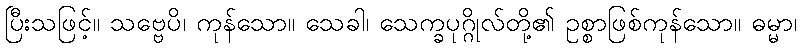
ပြီးသဖြင့်။ သဗ္ဗေပိ၊ ကုန်သော။ သေခါ၊ သေက္ခပုဂ္ဂိုလ်တို့၏ ဥစ္စာဖြစ်ကုန်သော။ ဓမ္မာ၊